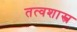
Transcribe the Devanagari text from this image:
तत्वशास्त्र